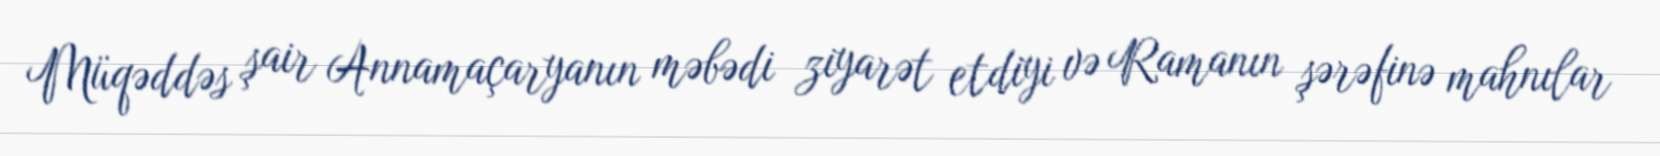
Müqəddəs şair Annamaçaryanın məbədi ziyarət etdiyi və Ramanın şərəfinə mahnılar